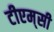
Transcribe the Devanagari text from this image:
टीएम्‌सी